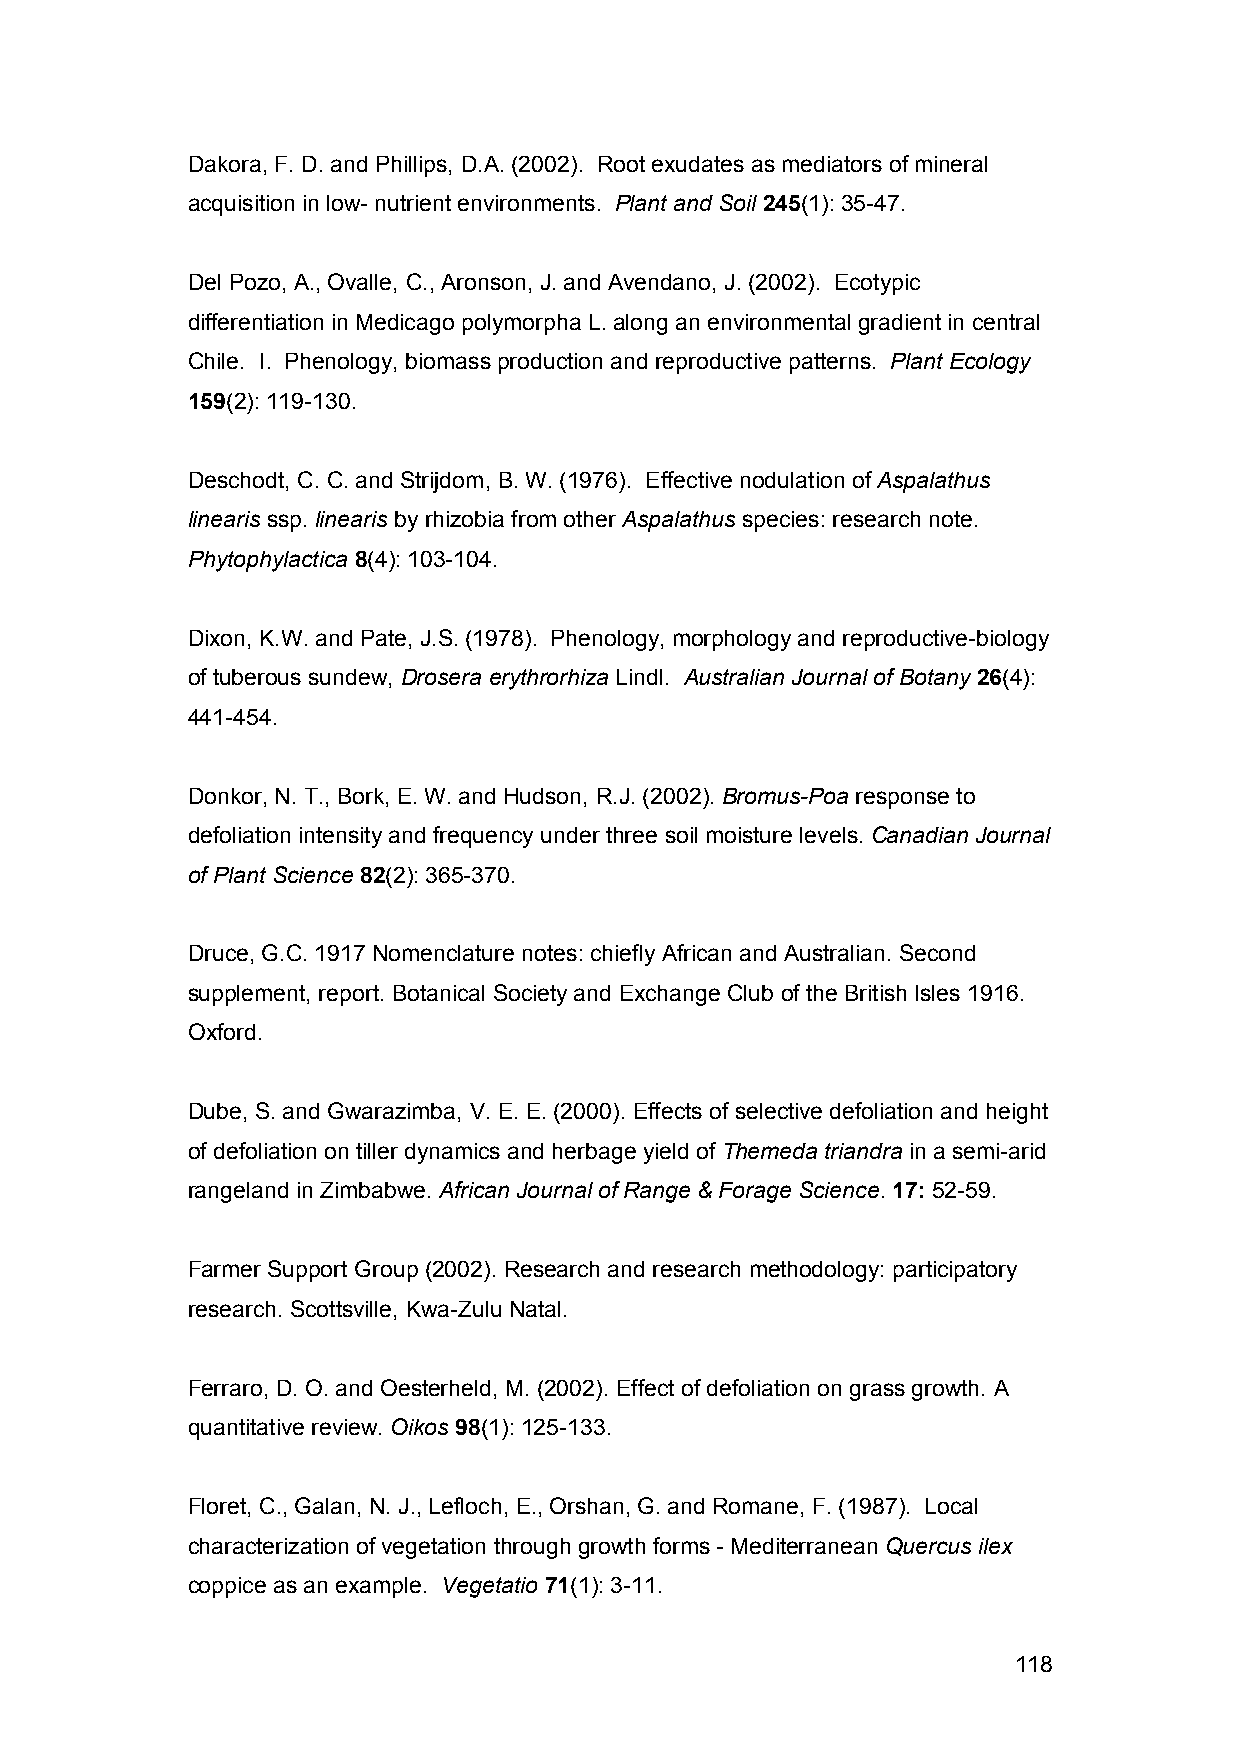
Dakora, F. D. and Phillips, D.A. (2002). Root exudates as mediators of mineral
 acquisition in low- nutrient environments. Plant and Soil 245(1): 35-47.
 Del Pozo, A., Ovalle, C., Aronson, J. and Avendano, J. (2002). Ecotypic
 differentiation in Medicago polymorpha L. along an environmental gradient in central
 Chile. I. Phenology, biomass production and reproductive patterns. Plant Ecology
 159(2): 119-130.
 Deschodt, C. C. and Strijdom, B. W. (1976). Effective nodulation of Aspalathus
 linearis ssp. linearis by rhizobia from other Aspalathus species: research note.
 Phytophylactica 8(4): 103-104.
 Dixon, K.W. and Pate, J.S. (1978). Phenology, morphology and reproductive-biology
 of tuberous sundew, Drosera erythrorhiza Lindl. Australian Journal of Botany 26(4):
 441-454.
 Donkor, N. T., Bork, E. W. and Hudson, R.J. (2002). Bromus-Poa response to
 defoliation intensity and frequency under three soil moisture levels. Canadian Journal
 of Plant Science 82(2): 365-370.
 Druce, G.C. 1917 Nomenclature notes: chiefly African and Australian. Second
 supplement, report. Botanical Society and Exchange Club of the British Isles 1916.
 Oxford.
 Dube, S. and Gwarazimba, V. E. E. (2000). Effects of selective defoliation and height
 of defoliation on tiller dynamics and herbage yield of Themeda triandra in a semi-arid
 rangeland in Zimbabwe. African Journal of Range & Forage Science. 17: 52-59.
 Farmer Support Group (2002). Research and research methodology: participatory
 research. Scottsville, Kwa-Zulu Natal.
 Ferraro, D. O. and Oesterheld, M. (2002). Effect of defoliation on grass growth. A
 quantitative review. Oikos 98(1): 125-133.
 Floret, C., Galan, N. J., Lefloch, E., Orshan, G. and Romane, F. (1987). Local
 characterization of vegetation through growth forms - Mediterranean Quercus ilex
 coppice as an example. Vegetatio 71(1): 3-11.
 118